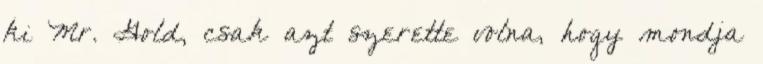
ki Mr. Gold, csak azt szerette volna, hogy mondja